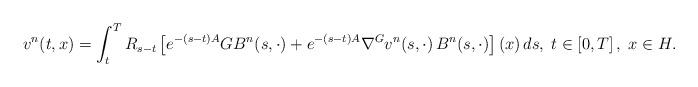
LaTeX: \begin{align*} v^n(t,x)=\int_t^T R_{s-t}\left[ e^{-(s-t){A}}G B^n(s,\cdot)+ e^{-(s-t){A}} \nabla^Gv^n(s,\cdot)\, B^n(s,\cdot) \right] ( x) \, ds, \;t\in\left[ 0,T\right] ,\;x\in H.\end{align*}